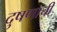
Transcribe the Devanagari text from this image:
दुषणाची